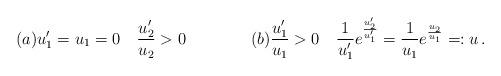
LaTeX: \begin{align*} (a)u_1'=u_1=0 \quad\frac{u_2'}{u_2}>0 \qquad\qquad(b)\frac{u_1'}{u_1}>0 \quad \frac{1}{u_1'}e^\frac{u_2'}{u_1'}=\frac{1}{u_1}e^\frac{u_2}{u_1} =:u\,.\end{align*}